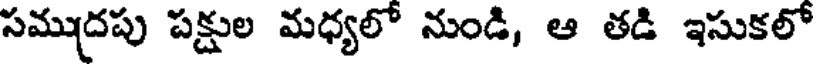
సముద్రపు పక్షుల మధ్యలో నుండి, ఆ తడి ఇసుకలో